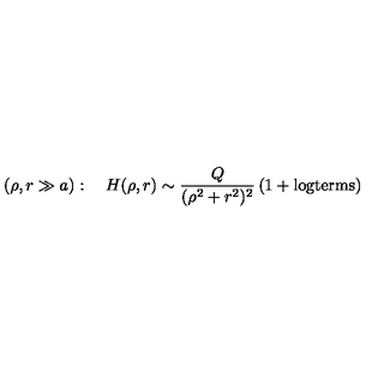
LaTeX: \left( \rho , r \gg a \right) : \quad H ( \rho , r ) \sim \frac { Q } { ( \rho ^ { 2 } + r ^ { 2 } ) ^ { 2 } } \left( 1 + \mathrm { l o g t e r m s } \right)